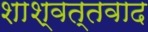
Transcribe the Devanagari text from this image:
शाश्वत्तवाद